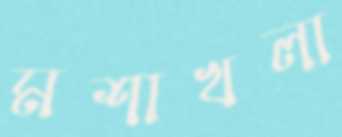
মশাখলা